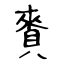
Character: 賚